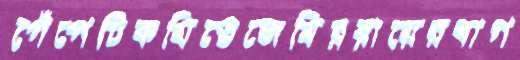
পেঁপেটিকমিতেজেমিররায়েরবাগ